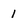
Character: 1